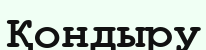
Қондыру